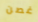
غصن